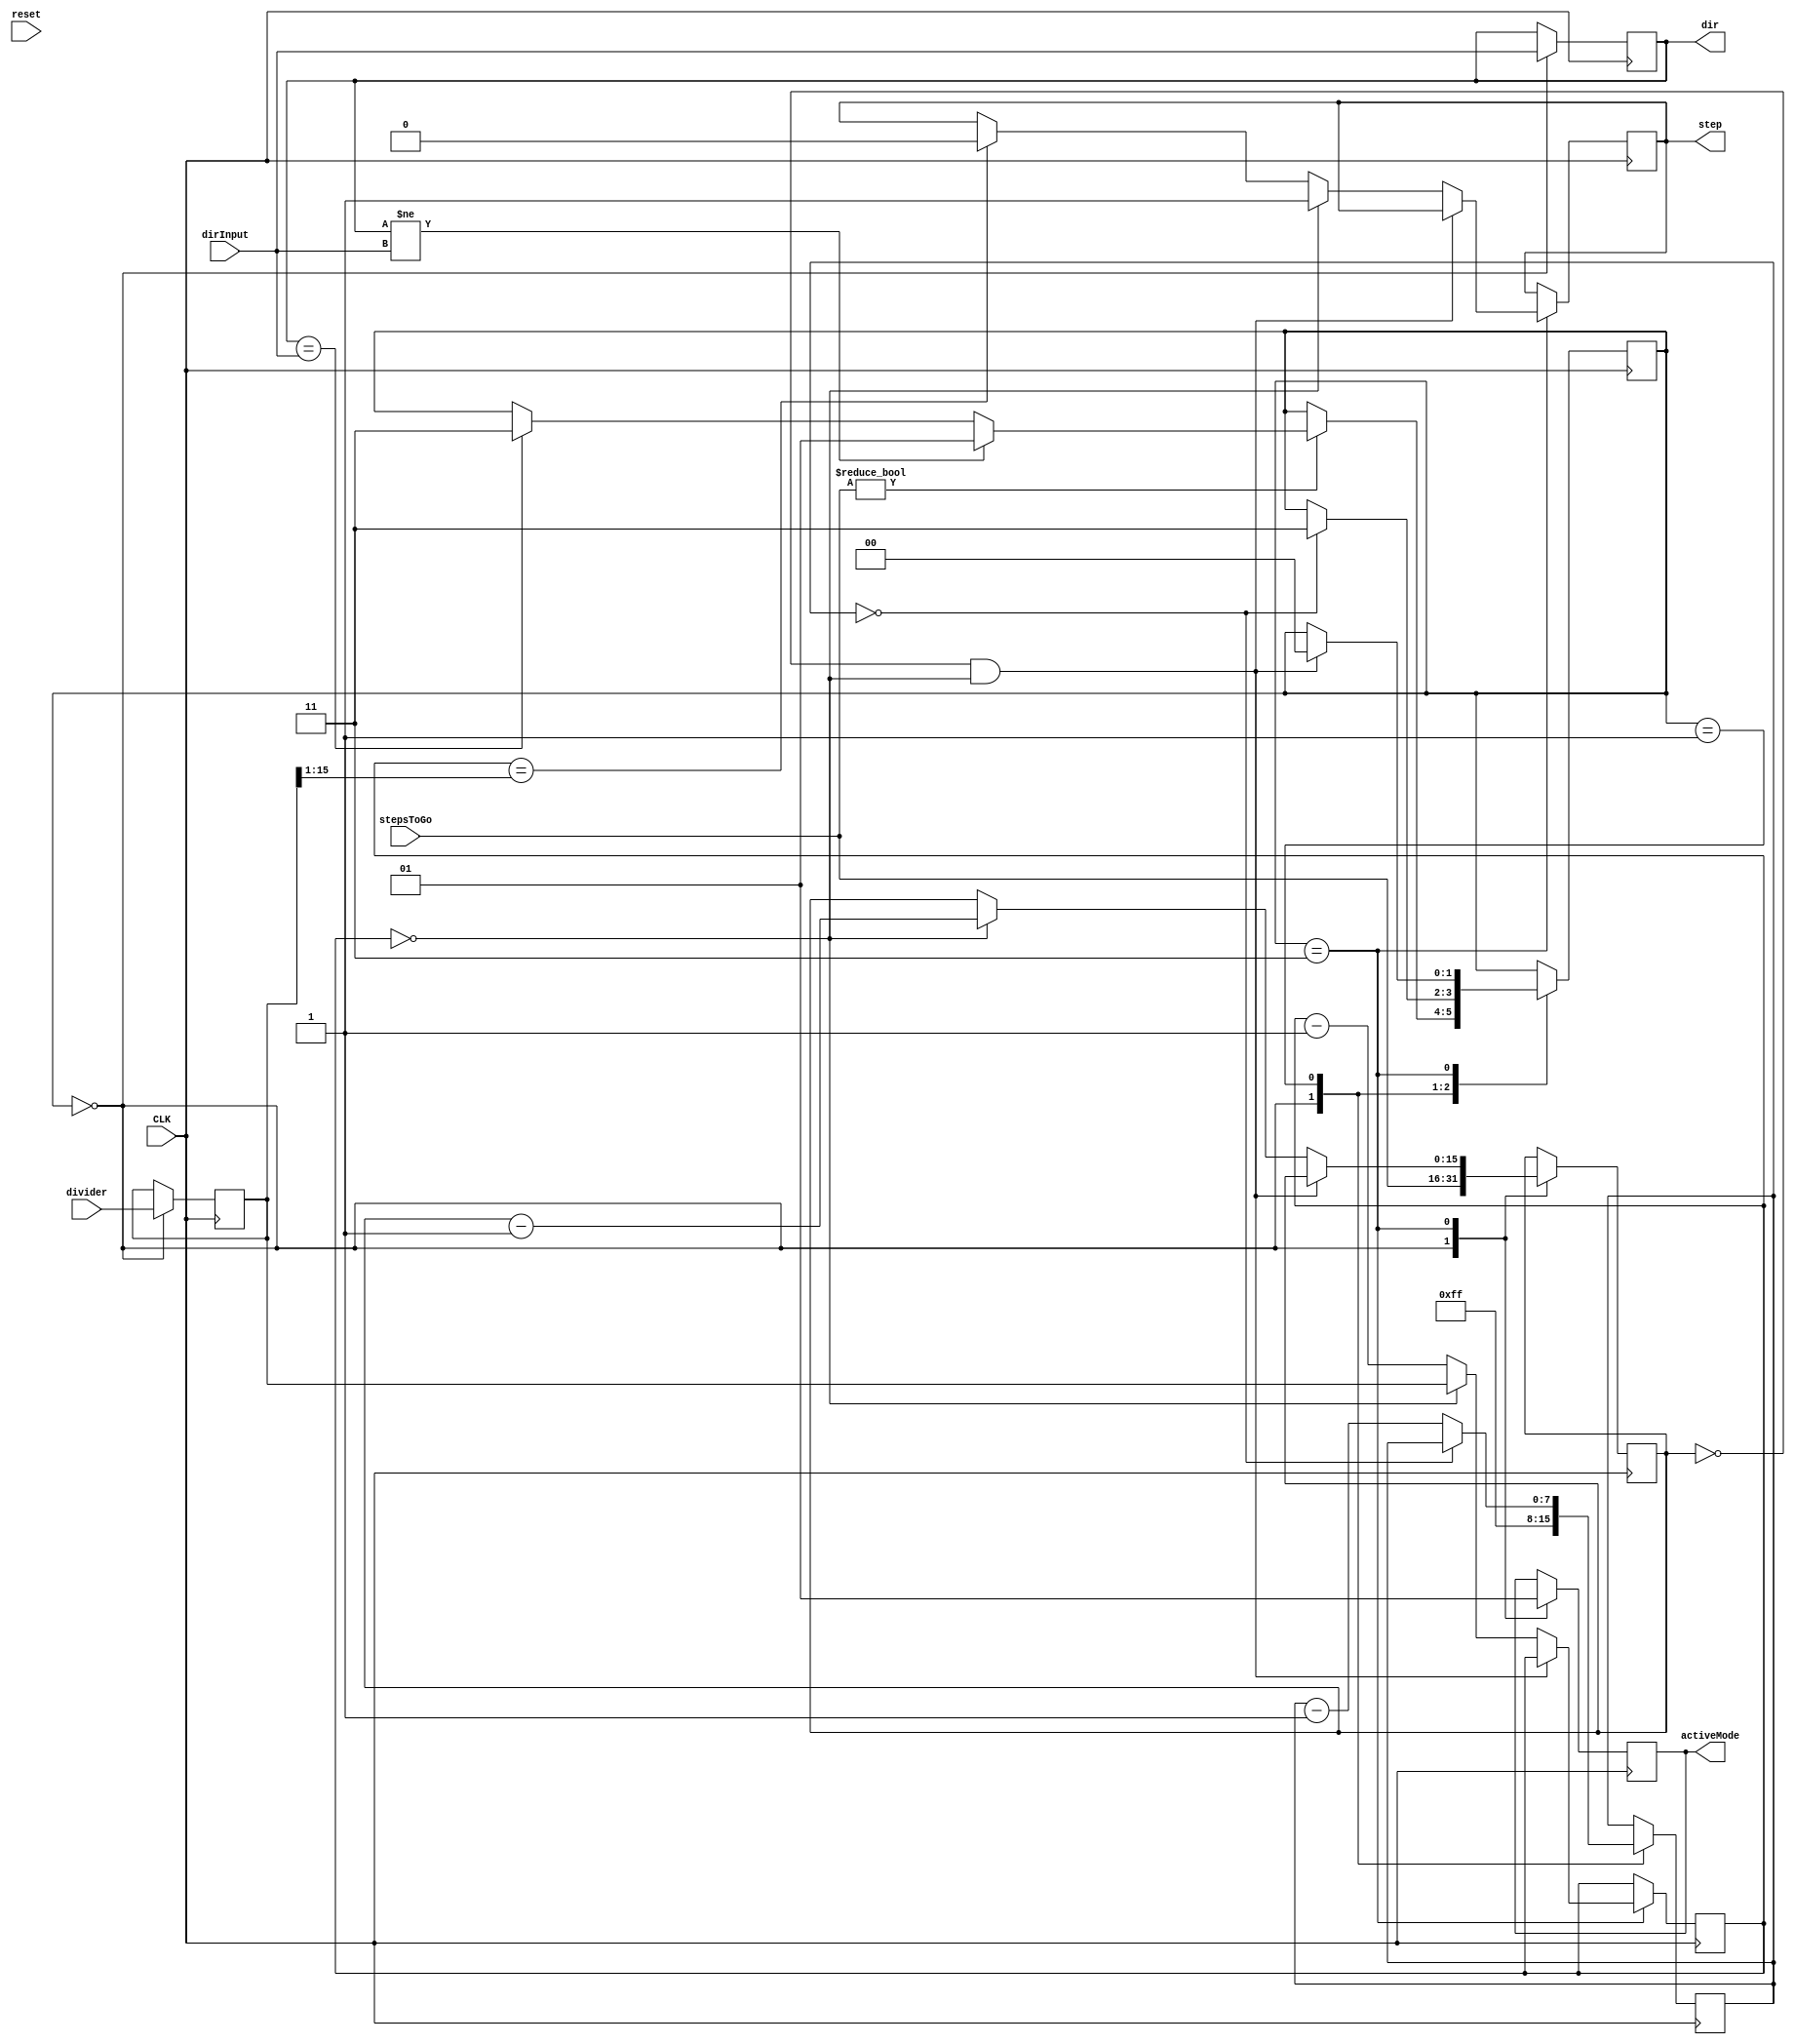
module motorCtrlSimple_v2(
	input CLK,
	input reset,
	input [15:0] divider,
	//input moveDir,
	//input moveDirInvers,
	//input stepClockEna,	
	input [15:0] stepsToGo,
	input dirInput,
	output reg dir = 0,
	output step,
	//output reg signed [18:0] cur_position = 0,
	output reg activeMode = 0
);

reg [15:0] clockCounter = 0;
reg [15:0] dividerLoc= 0;
reg [15:0] stepsCnt = 0;

reg stepInt = 0;
assign step = stepInt; //& state[1];
reg [7:0] delayCounter = 0;
reg [1:0] state = 2'b00;
always @(posedge CLK) begin
	
	case(state)
	2'b00: begin
		activeMode <= 0;		
		stepsCnt <= stepsToGo[15:0];	
		dividerLoc <= divider;
		dir <= dirInput;
		delayCounter <= 8'hff;
	
		if(stepsToGo[15:0] != 0) begin
			
			if(dir != dirInput) begin
				state <= 2'b01;	
			end
			else if(dir == dirInput) begin
				state <= 2'b11;
			end
		end

	end
	2'b01: begin			
		if(delayCounter == 0) begin
			state <= 2'b11;		
		end
		else begin			
			delayCounter <= delayCounter - 1;
		end
	end
	2'b11: begin		
		activeMode <= 1;	
		if((stepsCnt==16'h0)&&(clockCounter==15'h0)) begin
			state <= 2'b00;	
		end
		else begin		
			if(clockCounter == 0) begin
				stepInt <= 1;	
				clockCounter <= dividerLoc;	
				stepsCnt <= stepsCnt - 16'h1;
			end
			else begin
				clockCounter <= clockCounter - 16'h1;						
				if(clockCounter == {1'b0, dividerLoc[15:1]})
					stepInt <= 0;	
			end
		end
	end
	endcase



end
endmodule